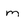
Character: m